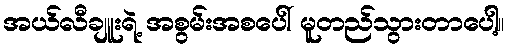
အယ်လီချူးရဲ့ အစွမ်းအစပေါ် မူတည်သွားတာပေါ့။